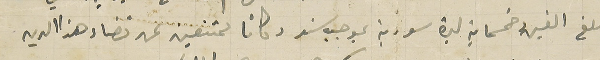
مبلغ الفين وخسماية ليرة سورية بموجب سند وكانا ممتنعين عن قضاء هذا الدين